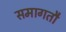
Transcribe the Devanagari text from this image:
समागतौ